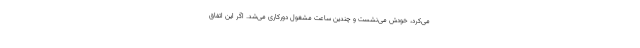
می‌کرد، خودش می‌نشست و چندین ساعت مشغول دورکاری می‌شد. اگر این اتفاق